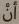
توجد